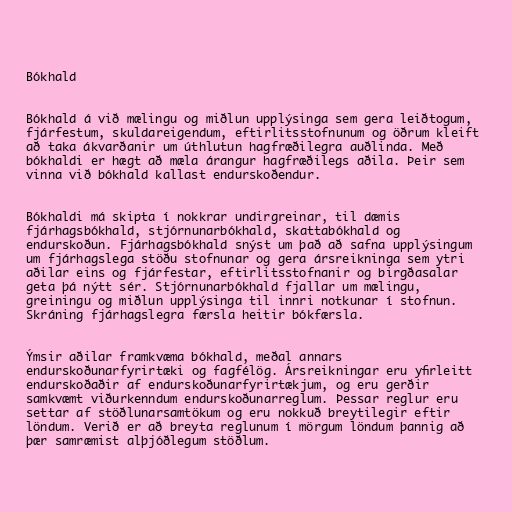
Bókhald

Bókhald á við mælingu og miðlun upplýsinga sem gera leiðtogum,
fjárfestum, skuldareigendum, eftirlitsstofnunum og öðrum kleift
að taka ákvarðanir um úthlutun hagfræðilegra auðlinda. Með
bókhaldi er hægt að mæla árangur hagfræðilegs aðila. Þeir sem
vinna við bókhald kallast endurskoðendur.

Bókhaldi má skipta í nokkrar undirgreinar, til dæmis
fjárhagsbókhald, stjórnunarbókhald, skattabókhald og
endurskoðun. Fjárhagsbókhald snýst um það að safna upplýsingum
um fjárhagslega stöðu stofnunar og gera ársreikninga sem ytri
aðilar eins og fjárfestar, eftirlitsstofnanir og birgðasalar
geta þá nýtt sér. Stjórnunarbókhald fjallar um mælingu,
greiningu og miðlun upplýsinga til innri notkunar í stofnun.
Skráning fjárhagslegra færsla heitir bókfærsla.

Ýmsir aðilar framkvæma bókhald, meðal annars
endurskoðunarfyrirtæki og fagfélög. Ársreikningar eru yfirleitt
endurskoðaðir af endurskoðunarfyrirtækjum, og eru gerðir
samkvæmt viðurkenndum endurskoðunarreglum. Þessar reglur eru
settar af stöðlunarsamtökum og eru nokkuð breytilegir eftir
löndum. Verið er að breyta reglunum í mörgum löndum þannig að
þær samræmist alþjóðlegum stöðlum.